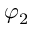
\varphi _ { 2 }